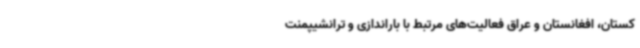
کستان، افغانستان و عراق فعالیت‌های مرتبط با باراندازی و ترانشیپمنت